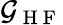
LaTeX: \mathcal{G}_{\mathrm{{~H~F~}}}